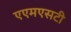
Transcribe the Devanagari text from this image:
एएमएसटी